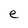
Character: e